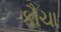
કૌચા